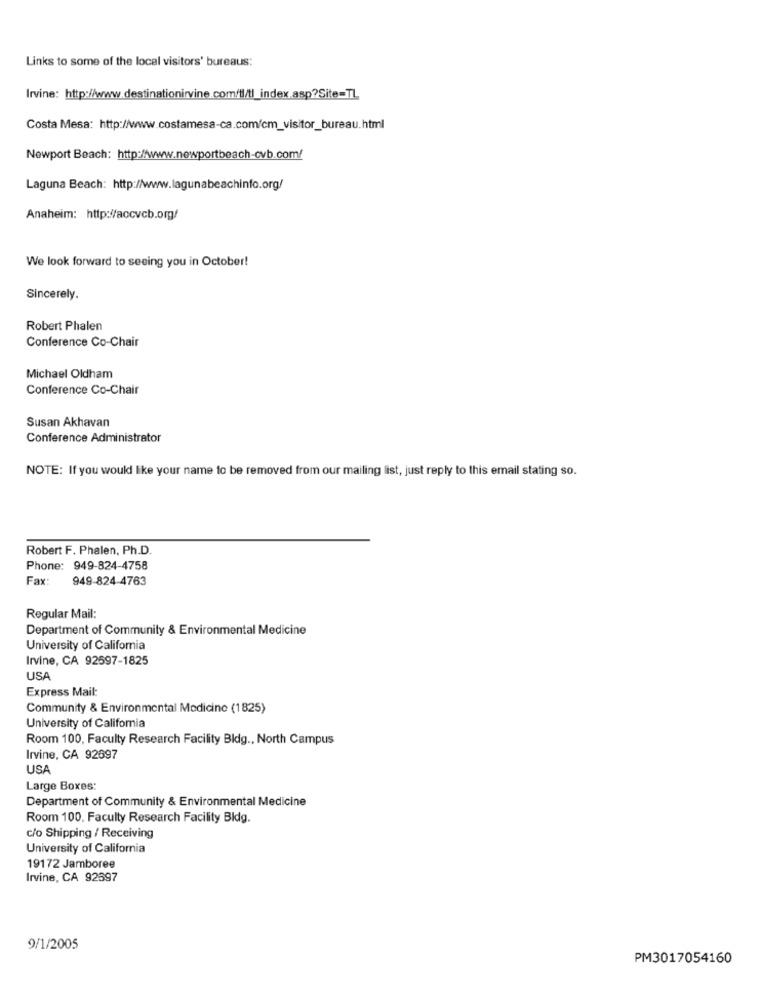
Links to some of the local visitors' bureaus:
Irvine: http://www.destinationirvine.com/tl/tl_index.asp?Site=TL
Costa Mesa: http://www.costamesa-ca.com/cm_visitor_bureau.html
Newport Beach: http://www.newportbeach-cvb.com/
Laguna Beach: http://www.lagunabeachinfo.org/
Anaheim: http://accvcb.org/
We look forward to seeing you in October!
Sincerely.
Robert Phalen
Conference Co-Chair
Michael Oldham
Conference Co-Chair
Susan Akhavan
Conference Administrator
NOTE: If you would like your name to be removed from our mailing list, just reply to this email stating so.
Robert F. Phalen, Ph.D.
Phone: 949-824-4758
Fax: 949-824-4763
Regular Mail:
Department of Community & Environmental Medicine
University of California
Irvine, CA 92597-1825
USA
Express Mail:
Community & Environmental Medicine (1825)
University of California
Room 100, Faculty Research Facility Bldg ., North Campus
Irvine, CA 92697
USA
Large Boxes:
Department of Community & Environmental Medicine
Room 100. Faculty Research Facility Bldg.
c/o Shipping / Receiving
University of California
19172 Jamboree
Irvine, CA 92697
9/1/2005
PM3017054160